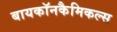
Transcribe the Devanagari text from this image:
बायकॉनकैमिकल्स